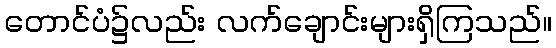
တောင်ပံ၌လည်း လက်ချောင်းများရှိကြသည်။